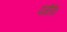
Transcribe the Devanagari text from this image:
पंजीरी।